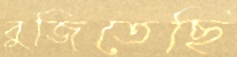
বুজিতেছি